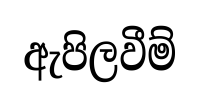
ඇපිලවීම්